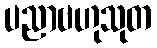
ပညာဗဟုသုတ